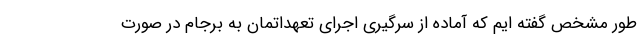
طور مشخص گفته ایم که آماده از سرگیری اجرای تعهداتمان به برجام در صورت